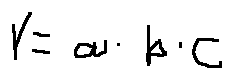
V = a \cdot b \cdot c